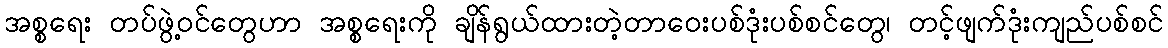
အစ္စရေး တပ်ဖွဲ့ဝင်တွေဟာ အစ္စရေးကို ချိန်ရွယ်ထားတဲ့တာဝေးပစ်ဒုံးပစ်စင်တွေ၊ တင့်ဖျက်ဒုံးကျည်ပစ်စင်